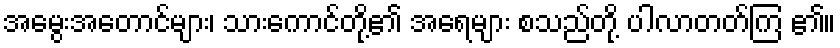
အမွေးအတောင်များ၊ သားကောင်တို့၏ အရေများ စသည်တို့ ပါလာတတ်ကြ ၏။